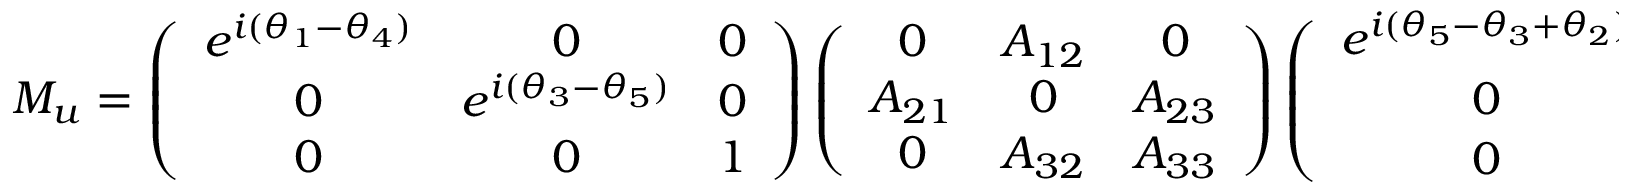
M _ { u } = \left( \begin{array} { c c c } { { e ^ { i ( \theta _ { 1 } - \theta _ { 4 } ) } } } & { { 0 } } & { { 0 } } \\ { { 0 } } & { { e ^ { i ( \theta _ { 3 } - \theta _ { 5 } ) } } } & { { 0 } } \\ { { 0 } } & { { 0 } } & { { 1 } } \end{array} \right) \left( \begin{array} { c c c } { { 0 } } & { { A _ { 1 2 } } } & { { 0 } } \\ { { A _ { 2 1 } } } & { { 0 } } & { { A _ { 2 3 } } } \\ { { 0 } } & { { A _ { 3 2 } } } & { { A _ { 3 3 } } } \end{array} \right) \left( \begin{array} { c c c } { { e ^ { i ( \theta _ { 5 } - \theta _ { 3 } + \theta _ { 2 } ) } } } & { { 0 } } & { { 0 } } \\ { { 0 } } & { { e ^ { i ( \theta _ { 4 } ) } } } & { { 0 } } \\ { { 0 } } & { { 0 } } & { { e ^ { i ( \theta _ { 5 } ) } } } \end{array} \right) \equiv P _ { ( u ) L } \tilde { M _ { u } } P _ { ( u ) R }